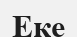
Еке